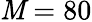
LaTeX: \mathit{M}=80